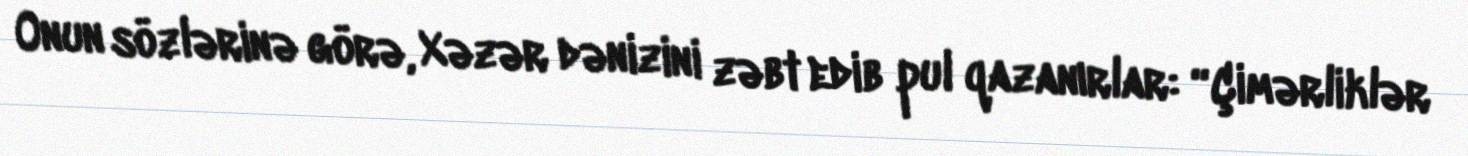
Onun sözlərinə görə, Xəzər dənizini zəbt edib pul qazanırlar: “Çimərliklər